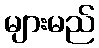
များမည်